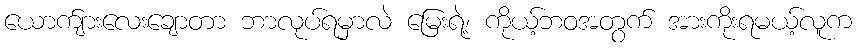
ယောက်ျားလေးချောတာ ဘာလုပ်ရမှာလဲ မြေးရဲ့၊ ကိုယ့်ဘဝအတွက် အားကိုးရမယ့်လူက